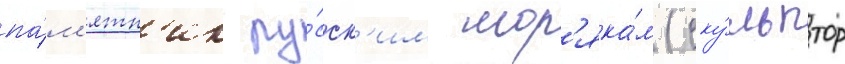
па́м'ятн'ик ру́сск'им мор'яка́м (ску́льптор